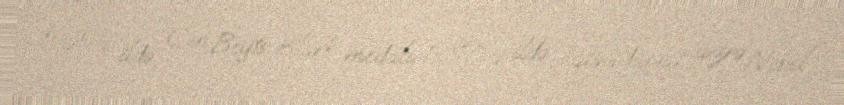
1961-ci ildə Con Beyts Klark medalı, 1987-ci ildə İqtisadiyyat üzrə Nobel